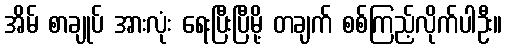
အိမ် စာချုပ် အားလုံး ရေးပြီးပြီမို့ တချက် စစ်ကြည့်လိုက်ပါဦး။